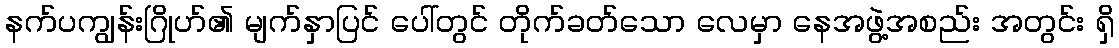
နက်ပကျွန်းဂြိုဟ်၏ မျက်နှာပြင် ပေါ်တွင် တိုက်ခတ်သော လေမှာ နေအဖွဲ့အစည်း အတွင်း ရှိ